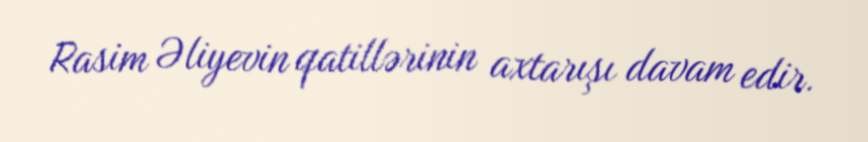
Rasim Əliyevin qatillərinin axtarışı davam edir.